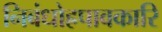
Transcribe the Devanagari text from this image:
निबंधोह्रपावकारि